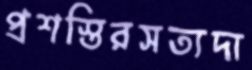
প্রশস্তিরসত্যদা